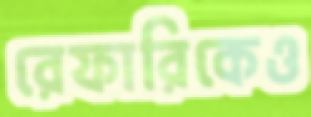
রেফারিকেও